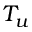
T _ { u }